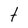
Character: t